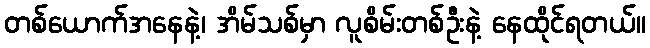
တစ်ယောက်အနေနဲ့၊ အိမ်သစ်မှာ လူစိမ်းတစ်ဦးနဲ့ နေထိုင်ရတယ်။